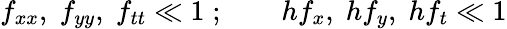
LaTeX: f_{xx},\; f_{yy},\; f_{tt}\ll 1\; ;\qquad hf_{x},\; hf_{y},\; hf_{t}\ll 1